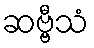
ဆဗ္ဗီသံ